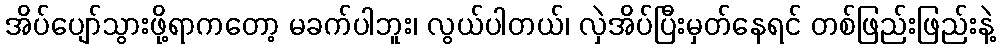
အိပ်ပျော်သွားဖို့ရာကတော့ မခက်ပါဘူး၊ လွယ်ပါတယ်၊ လှဲအိပ်ပြီးမှတ်နေရင် တစ်ဖြည်းဖြည်းနဲ့